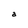
Character: a